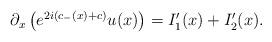
LaTeX: \begin{align*}\begin{aligned}\partial_x \left( e^{2i(c_-(x)+c)} u(x) \right)&=I_1'(x)+I_2'(x).\end{aligned}\end{align*}